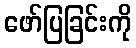
ဖော်ပြခြင်းကို